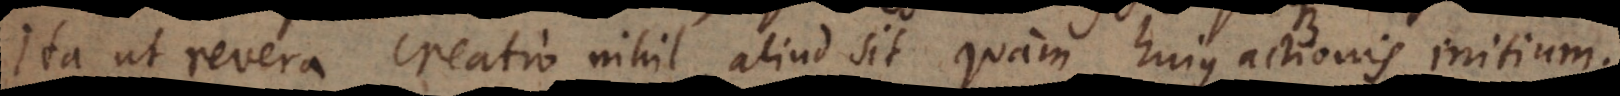
Ita ut revera creatio nihil aliud sit quam hujus actionis initium.